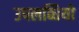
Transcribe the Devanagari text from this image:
उपलब्धियो